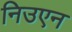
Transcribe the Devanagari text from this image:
निउएन